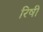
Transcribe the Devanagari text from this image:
रिषी